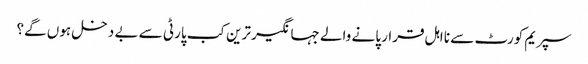
سپریم کورٹ سے نا اہل قرار پانے والے جہانگیر ترین کب پارٹی سے بے دخل ہوں گے؟